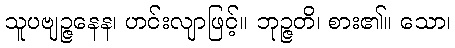
သူပဗျဉ္ဇနေန၊ ဟင်းလျာဖြင့်။ ဘုဉ္ဇတိ၊ စား၏။ သော၊